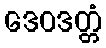
ဒေဝဒတ္တံ